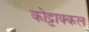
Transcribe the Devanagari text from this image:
कोट्टाक्कल